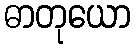
ဓာတုယော